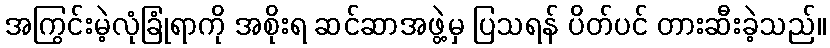
အကြွင်းမဲ့လုံခြုံရာကို အစိုးရ ဆင်ဆာအဖွဲ့မှ ပြသရန် ပိတ်ပင် တားဆီးခဲ့သည်။